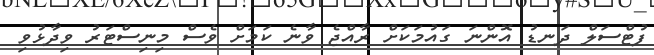
ފުޓްސަލް ދަނޑު އޮންނަ ގައުމަކަށް ރާއްޖެ ވާނެ ކަމަށް ވެސް މިނިސްޓަރު ވިދާޅުވި